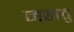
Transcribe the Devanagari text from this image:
महातु